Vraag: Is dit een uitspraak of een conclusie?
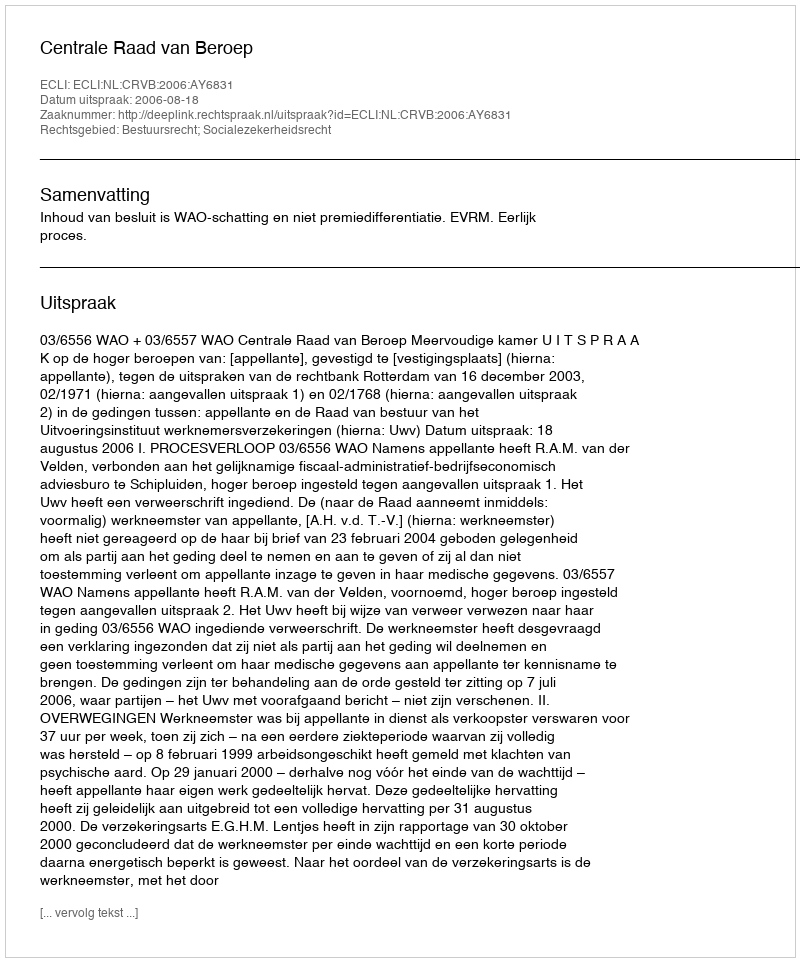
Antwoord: Uitspraak